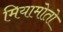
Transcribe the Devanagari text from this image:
मियामोतो